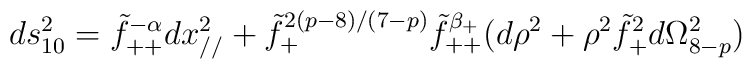
ds^2_{10}=\tilde f_{++}^{-\alpha}dx^2_{//}+\tilde f_+^{2(p-8)/(7-p)}\tilde f_{++}^{\beta_+}(d\rho^2+\rho^2\tilde f_+^2 d\Omega_{8-p}^2 )